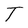
Character: T